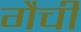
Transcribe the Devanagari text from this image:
गैची